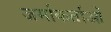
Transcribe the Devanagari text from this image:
जर्माकर्ताओं